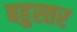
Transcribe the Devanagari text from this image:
बहुस्तर